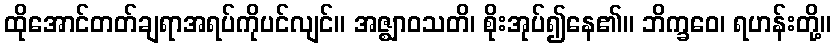
ထိုအောင်တတ်ချရာအရပ်ကိုပင်လျင်။ အဇ္ဈာဝသတိ၊ စိုးအုပ်၍နေ၏။ ဘိက္ခဝေ၊ ရဟန်းတို့။